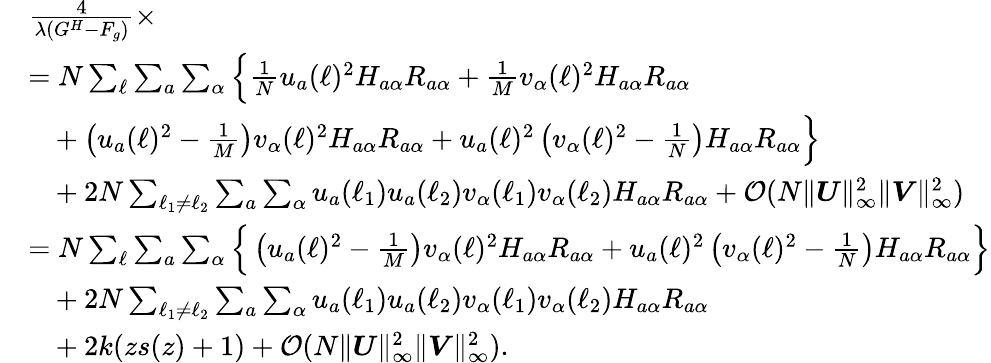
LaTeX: \begin{array}{rl}&{\frac{4}{\lambda(G^{H}-F_{g})}\times}\\ &{=N\sum_{\ell}\sum_{a}\sum_{\alpha}\Big\{ \frac 1{N}u_{a}(\ell)^{2}H_{a\alpha}R_{a\alpha}+\frac 1{M}v_{\alpha}(\ell)^{2}H_{a\alpha}R_{a\alpha}}\\ &{~~~+\left(u_{a}(\ell)^{2}-\frac 1{M}\right)v_{\alpha}(\ell)^{2}H_{a\alpha}R_{a\alpha}+u_{a}(\ell)^{2}\left(v_{\alpha}(\ell)^{2}-\frac 1{N}\right)H_{a\alpha}R_{a\alpha}\Big\} }\\ &{~~~+2N\sum_{\ell_{1}\neq\ell_{2}}\sum_{a}\sum_{\alpha}u_{a}(\ell_{1})u_{a}(\ell_{2})v_{\alpha}(\ell_{1})v_{\alpha}(\ell_{2})H_{a\alpha}R_{a\alpha}+{\mathcal O}(N\| {\boldsymbol U}\| _{\infty}^{2}\| {\boldsymbol V}\| _{\infty}^{2})}\\ &{=N\sum_{\ell}\sum_{a}\sum_{\alpha}\Big\{ \left(u_{a}(\ell)^{2}-\frac 1{M}\right)v_{\alpha}(\ell)^{2}H_{a\alpha}R_{a\alpha}+u_{a}(\ell)^{2}\left(v_{\alpha}(\ell)^{2}-\frac 1{N}\right)H_{a\alpha}R_{a\alpha}\Big\} }\\ &{~~~+2N\sum_{\ell_{1}\neq\ell_{2}}\sum_{a}\sum_{\alpha}u_{a}(\ell_{1})u_{a}(\ell_{2})v_{\alpha}(\ell_{1})v_{\alpha}(\ell_{2})H_{a\alpha}R_{a\alpha}}\\ &{~~~+2k(zs(z)+1)+{\mathcal O}(N\| {\boldsymbol U}\| _{\infty}^{2}\| {\boldsymbol V}\| _{\infty}^{2}).}\end{array}